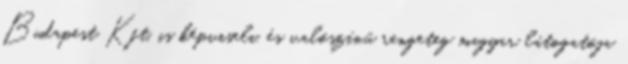
Budapest Kft. is képviseli, és valószínű rengeteg magyar látogatója